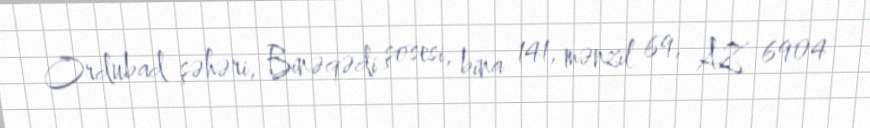
Ordubad şəhəri, Binəqədi şosesi, bina 141, mənzil 69, AZ 6904